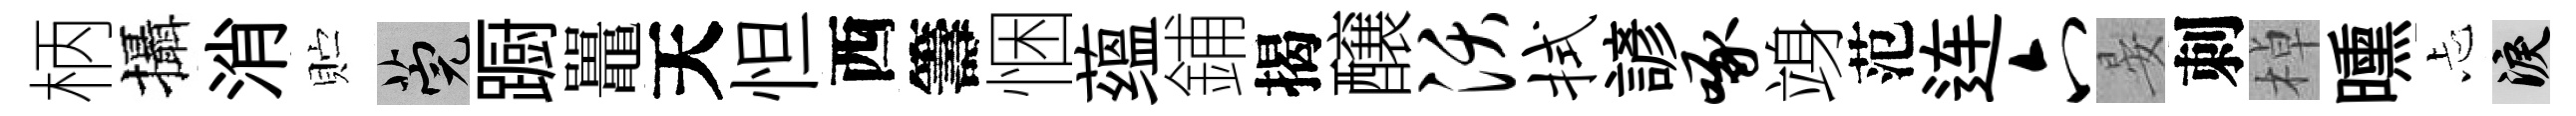
柄攝消贮筦蹰鼉天怛西籌悃蕴鋪揭醸沃拭諺啄竧范连六晏刺棹曛忐泪